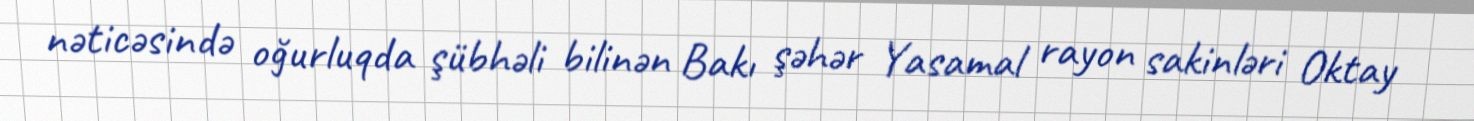
nəticəsində oğurluqda şübhəli bilinən Bakı şəhər Yasamal rayon sakinləri Oktay